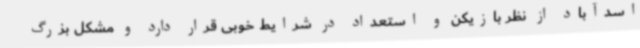
اسدآباد از نظر بازیکن و استعداد در شرایط خوبی قرار دارد و مشکل بزرگ